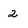
Character: 2